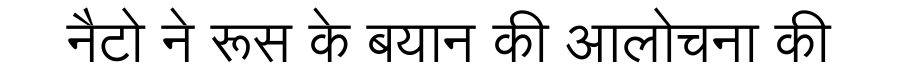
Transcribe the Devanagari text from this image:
नैटो ने रूस के बयान की आलोचना की